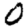
Digit: 0